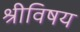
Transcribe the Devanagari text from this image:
श्रीविषय